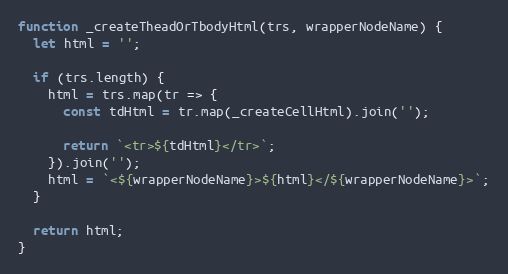
Language: JavaScript
function _createTheadOrTbodyHtml(trs, wrapperNodeName) {
  let html = '';

  if (trs.length) {
    html = trs.map(tr => {
      const tdHtml = tr.map(_createCellHtml).join('');

      return `<tr>${tdHtml}</tr>`;
    }).join('');
    html = `<${wrapperNodeName}>${html}</${wrapperNodeName}>`;
  }

  return html;
}